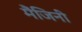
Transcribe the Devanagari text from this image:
मैंजिनी